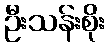
ဦးသန်းစိုး